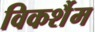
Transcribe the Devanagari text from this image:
विकर्शैम